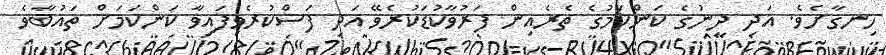
ހިނގާށެވެ. އަދި ދީނުގެ ކަންކަމުގެ ތެރެއިން ފަރުވާކުޑަކުރެވޭ އަދި ފަސްކުރެވިފައިވާ ކަންކަމަށް ތައުބާވެ